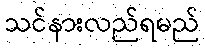
သင်နားလည်ရမည်